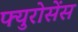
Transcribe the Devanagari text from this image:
फ्युरोसेंस